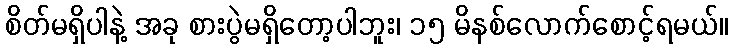
စိတ်မရှိပါနဲ့ အခု စားပွဲမရှိတော့ပါဘူး၊ ၁၅ မိနစ်လောက်စောင့်ရမယ်။